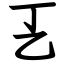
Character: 㐉